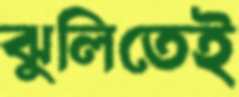
ঝুলিতেই